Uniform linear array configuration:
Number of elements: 12
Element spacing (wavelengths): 0.75
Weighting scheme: hann
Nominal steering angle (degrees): -30
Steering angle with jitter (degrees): -28.961
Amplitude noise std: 0.05
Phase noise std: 0.05

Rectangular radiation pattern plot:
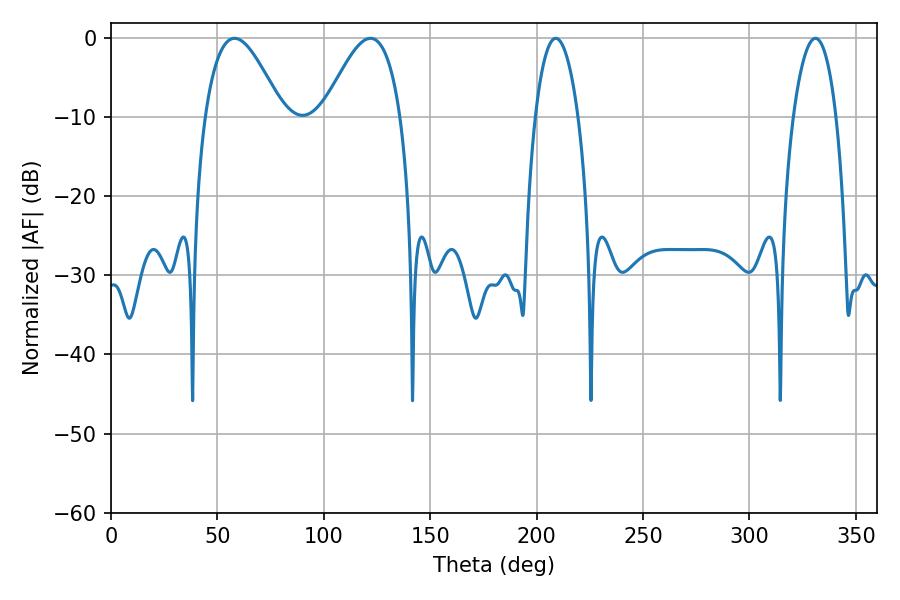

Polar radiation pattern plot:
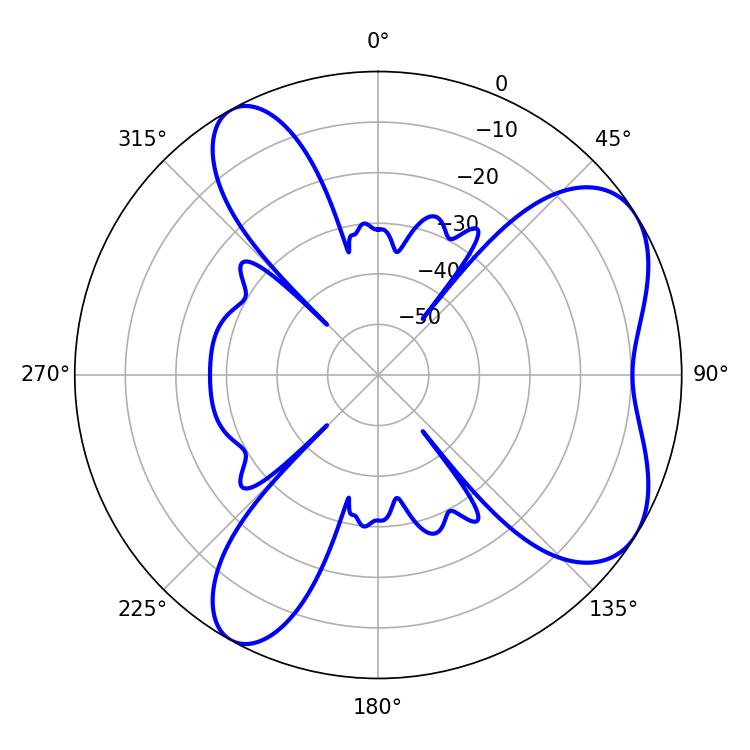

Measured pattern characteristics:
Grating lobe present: TRUE
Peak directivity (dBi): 6.341
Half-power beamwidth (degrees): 11.16
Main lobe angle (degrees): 208.98